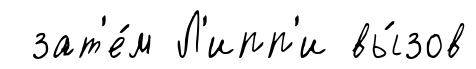
зат'е́м Л'ипп'и вы́зов